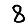
Digit: 8